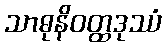
သာဓုနိဝတ္ထဒုဿံ